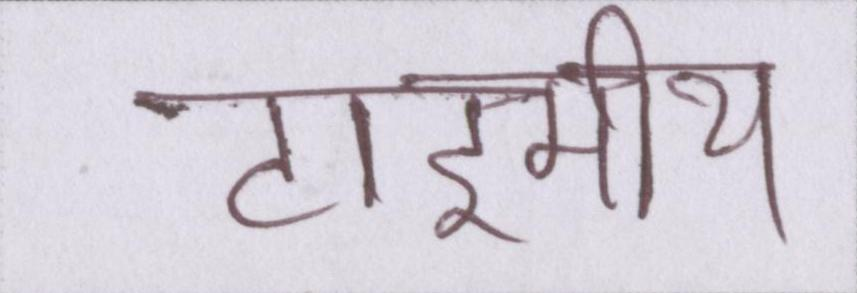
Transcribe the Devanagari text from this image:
टाइमीय